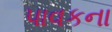
પાવકના